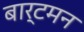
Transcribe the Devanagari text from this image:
बार्टमन